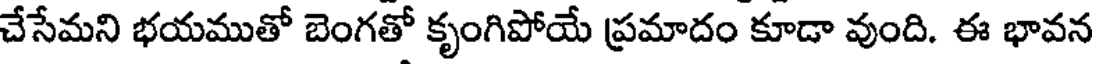
చేసేమని భయముతో బెంగతో కృంగిపోయే ప్రమాదం కూడా వుంది. ఈ భావన